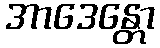
အာဒေန္တော